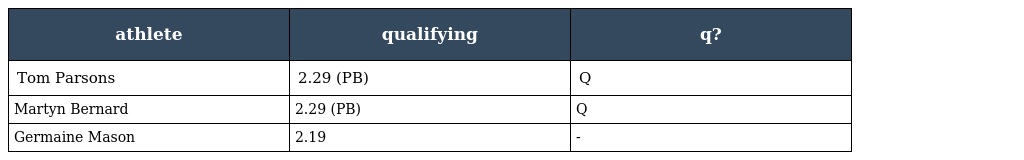
| athlete | qualifying | q? |
 | --- | --- | --- |
 | Tom Parsons | 2.29 (PB) | Q |
 | Martyn Bernard | 2.29 (PB) | Q |
 | Germaine Mason | 2.19 | - |